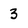
Character: 3